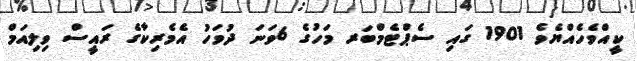
ކީއްވެހެއްޔެވެ 1901 ގައި ސެޕްޓެމްބަރ މަހުގެ 6ވަނަ ދުވަހު އެމެރިކާގެ ރައީސް ވިލިއަމް